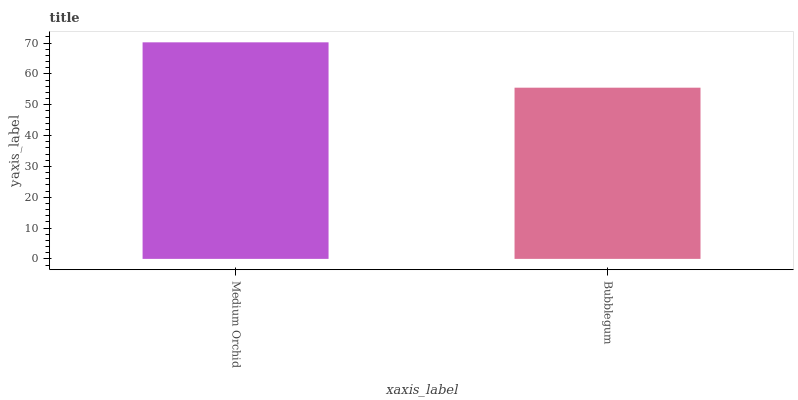
| xaxis_label | bars |
 | --- | --- |
 | Medium Orchid | 70.2 |
 | Bubblegum | 55.5 |